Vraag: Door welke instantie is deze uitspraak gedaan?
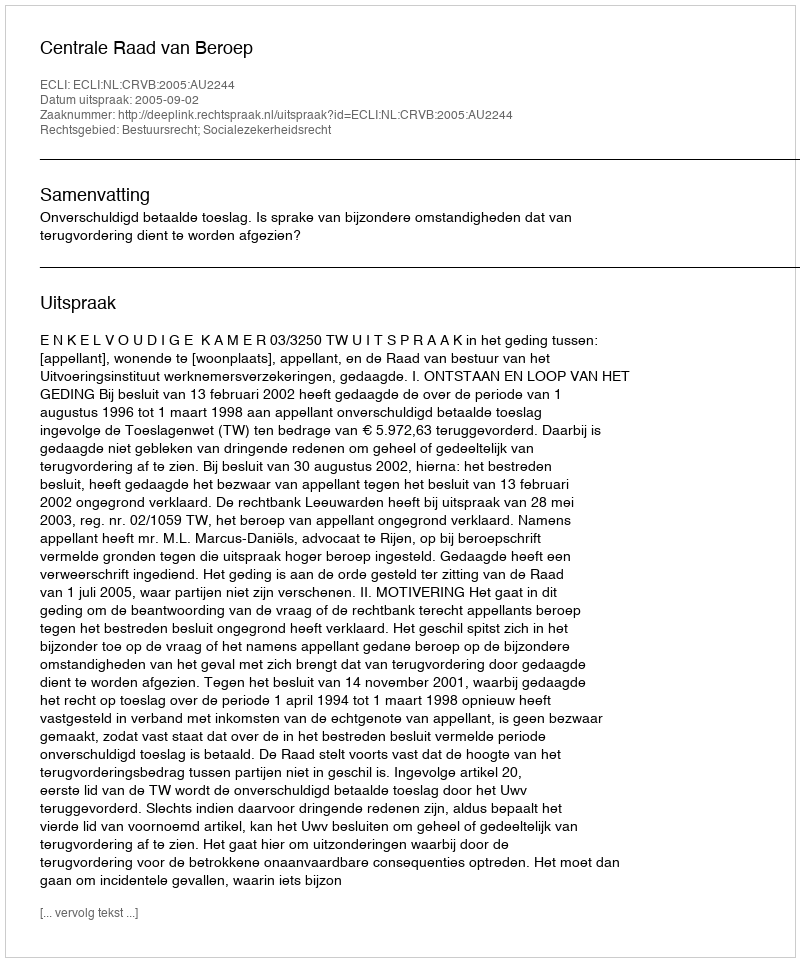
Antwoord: Centrale Raad van Beroep